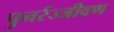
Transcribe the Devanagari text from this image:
पुनर्रज्जीवण